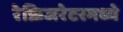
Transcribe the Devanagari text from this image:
रेफ्रिजरेटरमध्ये